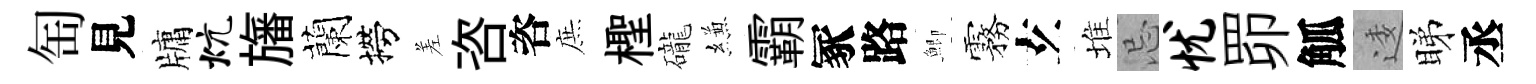
匋見牗炕旛蘭撈差咨咨庶檉礲縑霸冢路鯽霧𤣥堆忌忧𦊑觚逶睇丞